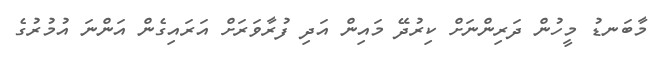
މާބަނޑު މީހުން ދަރިންނަށް ކިރުދޭ މައިން އަދި ފުރާވަރަށް އަރައިގެން އަންނަ އުމުރުގެ